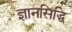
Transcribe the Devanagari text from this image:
ज्ञानसिद्धि